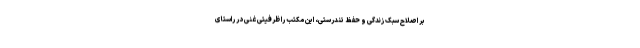
بر اصلاح سبک زندگی و حفظ تندرستی، این مکتب را ظرفیتی غنی در راستای